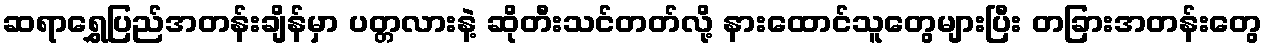
ဆရာရွှေပြည်အတန်းချိန်မှာ ပတ္တလားနဲ့ ဆိုတီးသင်တတ်လို့ နားထောင်သူတွေများပြီး တခြားအတန်းတွေ